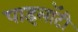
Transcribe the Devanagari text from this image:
पाइलॉटी